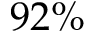
9 2 \%